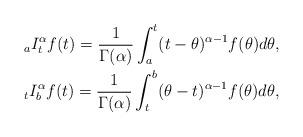
LaTeX: \begin{gather*}_aI_t^\alpha f(t) = \frac{1}{\Gamma(\alpha)}\int_a^t(t-\theta)^{\alpha-1}f(\theta)d\theta,\\_tI_b^\alpha f(t) = \frac{1}{\Gamma(\alpha)}\int_t^b(\theta-t)^{\alpha-1}f(\theta)d\theta,\end{gather*}